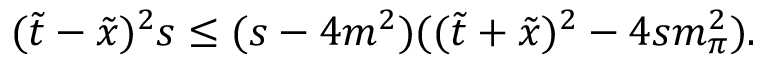
( \tilde { t } - \tilde { x } ) ^ { 2 } s \le ( s - 4 m ^ { 2 } ) ( ( \tilde { t } + \tilde { x } ) ^ { 2 } - 4 s m _ { \pi } ^ { 2 } ) .